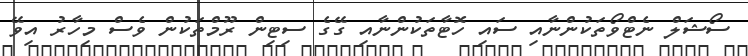
ސޯޝަލް ނެޓްވޯތަކުންނާއި ސައި ހޮޓާތަކުންނާއި ގޭގެ ސިޓިން ރޫމްތަކުން ވެސް މިހާރު އިވޭ